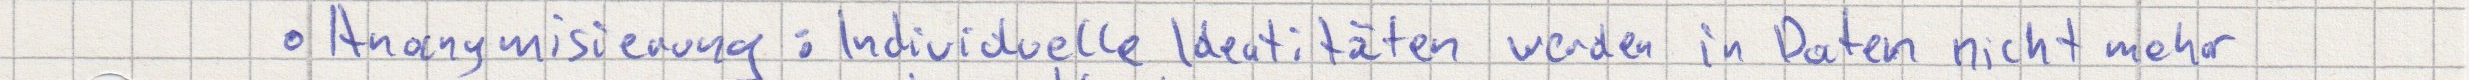
Anonymisierung: Individuelle Identitäten werden in Daten nicht mehr